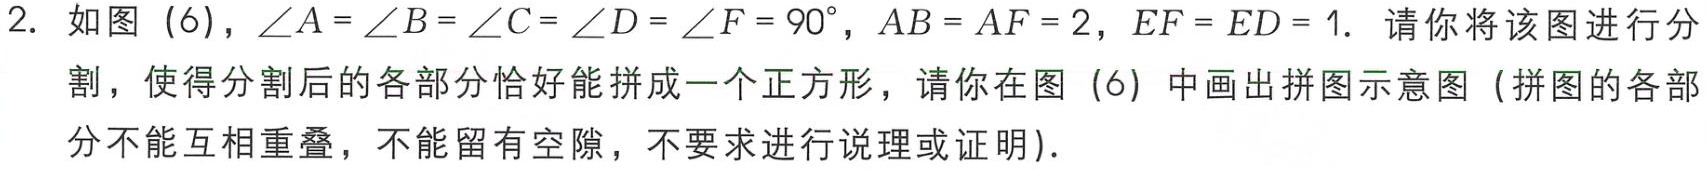
2. 如图（6），\(\angle A = \angle B = \angle C = \angle D = \angle F = 90^{\circ}\)，\(AB = AF = 2\)，\(EF = ED = 1\). 请你将该图进行分割，使得分割后的各部分恰好能拼成一个正方形，请你在图（6）中画出拼图示意图（拼图的各部分不能互相重叠，不能留有空隙，不要求进行说理或证明）.